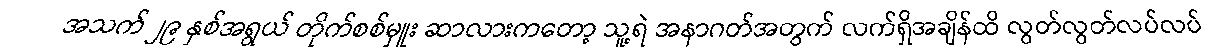
အသက် ၂၉ နှစ်အရွယ် တိုက်စစ်မှူး ဆာလားကတော့ သူ့ရဲ အနာဂတ်အတွက် လက်ရှိအချိန်ထိ လွတ်လွတ်လပ်လပ်